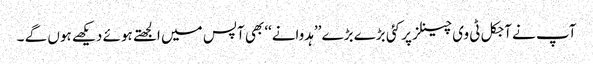
آپ نے آجکل ٹی وی چینلز پر کئی بڑے بڑے ’’ہدوانے‘‘ بھی آپس میں الجھتے ہوئے دیکھے ہوں گے ۔